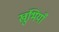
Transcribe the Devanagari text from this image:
खुंभियाँ